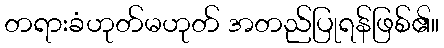
တရားခံဟုတ်မဟုတ် အတည်ပြုရန်ဖြစ်၏။